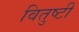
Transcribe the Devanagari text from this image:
वितुष्टी